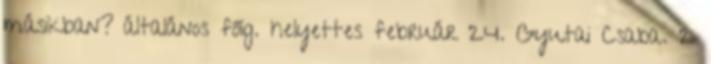
másikban? általános főig. helyettes február 24. Gyutai Csaba. 2